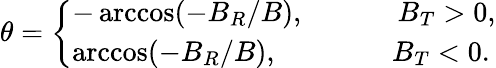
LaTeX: \theta=\left\lbrace\begin{array}{ll}{-\operatorname{arccos}(-B_{R}/B),~~~~~~~~~~~~~B_{T}>0,}\\ {\operatorname{arccos}(-B_{R}/B),~~~~~~~~~~~~~~~~B_{T}<0.}\end{array}\right.